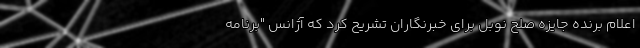
اعلام برنده جایزه صلح نوبل برای خبرنگاران تشریح کرد که آژانس "برنامه